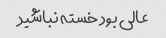
عالی بود خسته نباشید